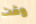
وقت